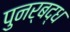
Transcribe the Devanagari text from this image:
पुनर्बद्ध